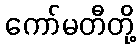
ကော်မတီတို့